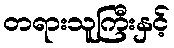
တရားသူကြီးနှင့်